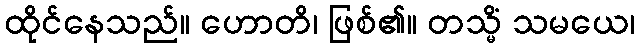
ထိုင်နေသည်။ ဟောတိ၊ ဖြစ်၏။ တသ္မိံ သမယေ၊